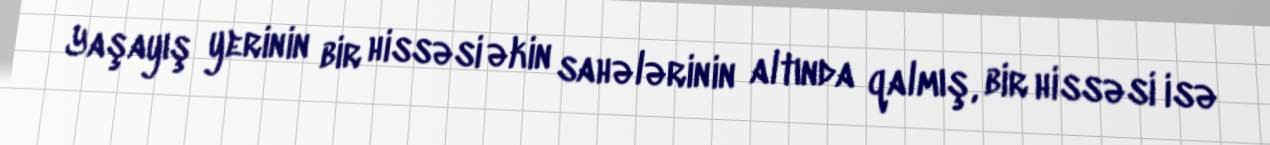
Yaşayış yerinin bir hissəsi əkin sahələrinin altında qalmış, bir hissəsi isə